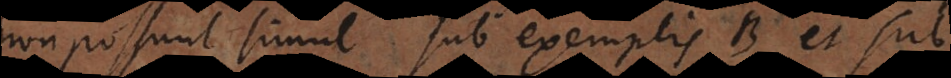
non possunt simul sub exemplis B et sub